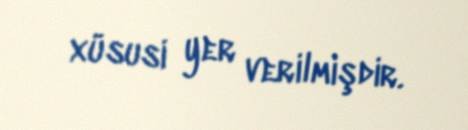
xüsusi yer verilmişdir.